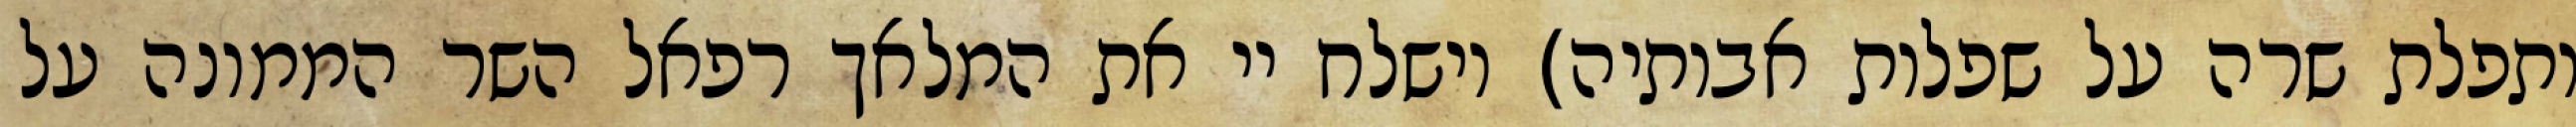
ותפלת שרה על שפלות אבותיה) וישלח יי את המלאך רפאל השר הממונה על